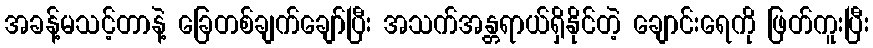
အခန့်မသင့်တာနဲ့ ခြေတစ်ချက်ချော်ပြီး အသက်အန္တရာယ်ရှိနိုင်တဲ့ ချောင်းရေကို ဖြတ်ကူးပြီး